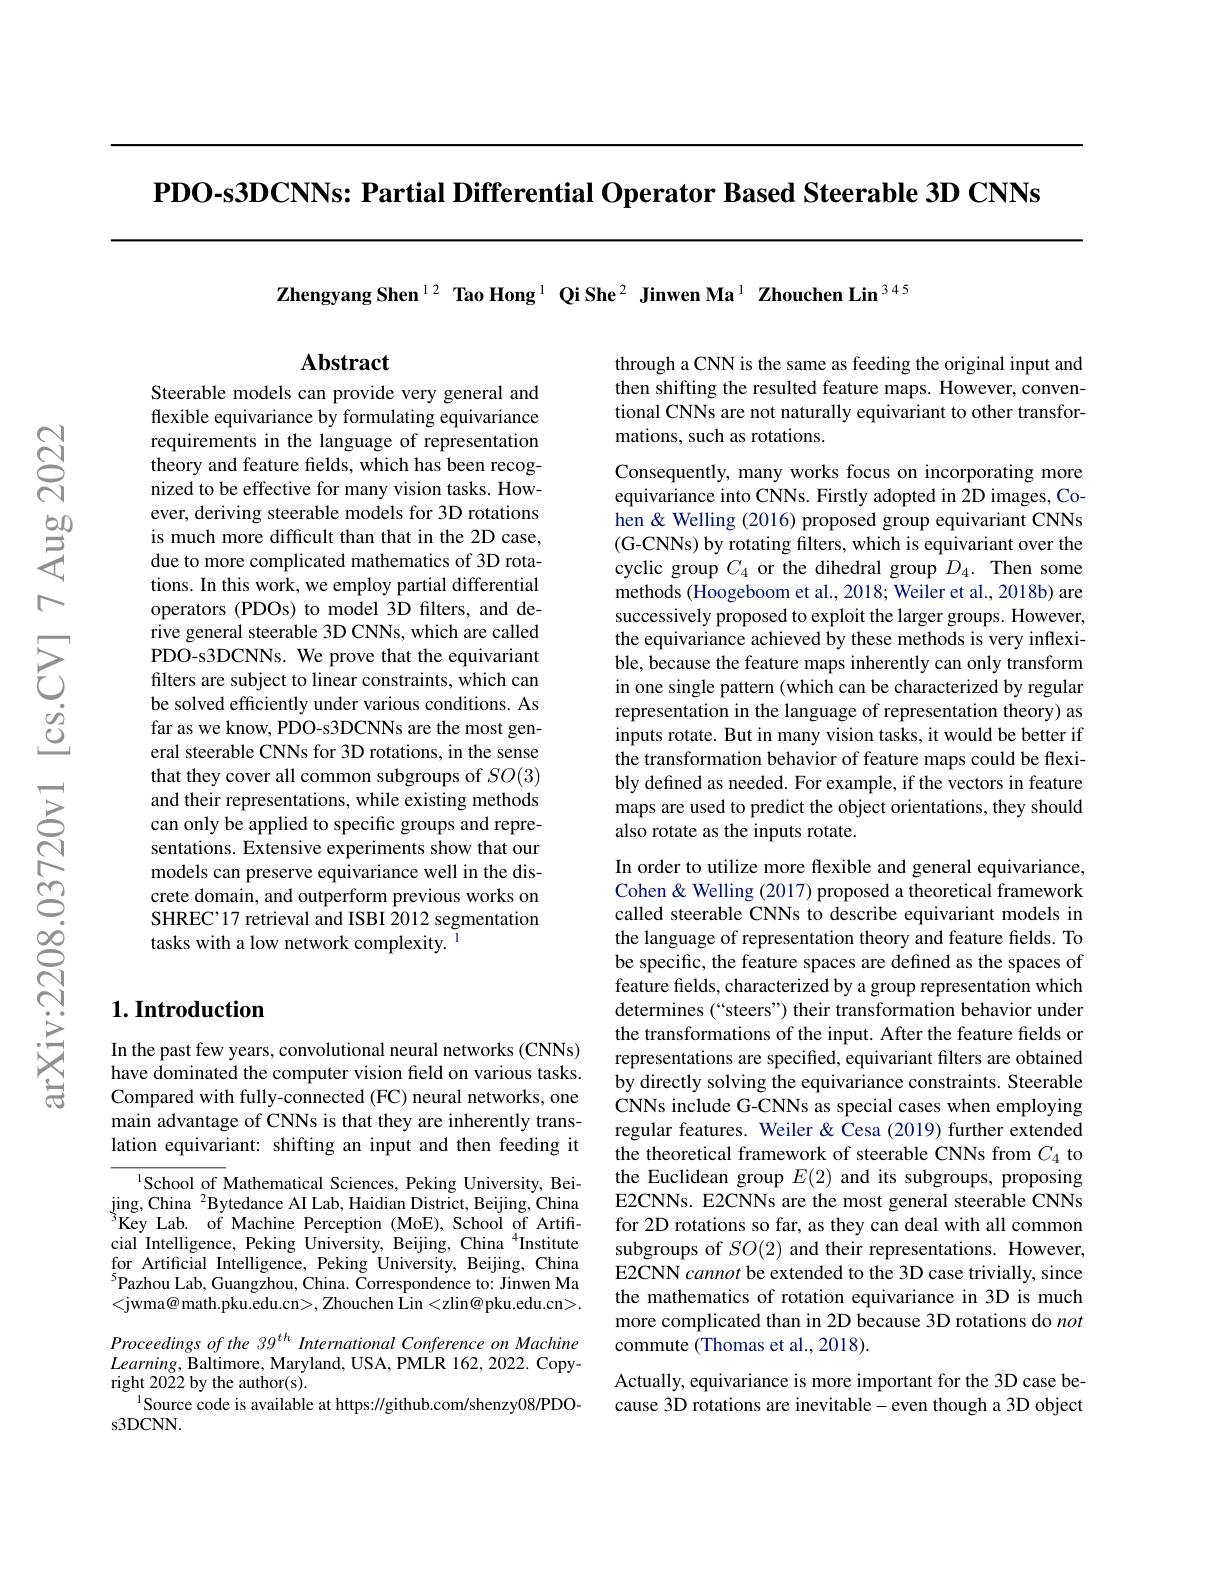
PDO-s3DCNNs: Partial Differential Operator Based Steerable 3D CNNs

Zhengyang Shen$^{12}$ Tao Hong$^{1}$ Qi She$^{2}$ Jinwen Ma$^{1}$ Zhouchen Lin$^{345}$

$\mathbf{Abstract}$

through a CNN is the same as feeding the original input and then shifting the resulted feature maps. However, conventional CNNs are not naturally equivariant to other transformations, such as rotations.

Steerable models can provide very general and flexible equivariance by formulating equivariance requirements in the language of representation theory and feature fields, which has been recognized to be effective for many vision tasks. However, deriving steerable models for 3D rotations is much more difficult than that in the 2D case, due to more complicated mathematics of 3D rotations. In this work, we employ partial differential operators (PDOs) to model 3D filters, and derive general steerable 3D CNNs, which are called PDO-s3DCNNs. We prove that the equivariant filters are subject to linear constraints, which can be solved efficiently under various conditions. As far as we know, PDO-s3DCNNs are the most general steerable CNNs for 3D rotations, in the sense that they cover all common subgroups of $SO(3)$ and their representations, while existing methods can only be applied to specific groups and representations. Extensive experiments show that our models can preserve equivariance well in the discrete domain, and outperform previous works on SHREC'17 retrieval and ISBI 2012 segmentation tasks with a low network complexity. $^{\mathrm{l}}$

## $1. \textbf{Introduction}$

In the past few years, convolutional neural networks (CNNs) have dominated the computer vision field on various tasks. Compared with fully-connected (FC) neural networks, one main advantage of CNNs is that they are inherently translation equivariant: shifting an input and then feeding it

$^{1}$School of Mathematical Sciences, Peking University, Bei- $\mathrm{jing,China~}^{2}$Bytedance AI Lab, Haidian District, Beijing, China $^{3}$Key Lab. of Machine Perception (MoE), School of Artificial Intelligence, Peking University, Beijing, China $^{4}$Institute for Artificial Intelligence, Peking University, Beijing, China $^{5}$Pazhou Lab, Guangzhou, China. Čorrespondence to: Jinwen Ma <jwma@ math.pku.edu.cn>, Zhouchen Lin<zlin@ pku.edu.cn>. Proceedings of the 39$^{th}$ International Conference on Machine $Learning$, Baltimore, Maryland, USA, PMLR 162, 2022. Copyright 2022 by the author(s).
$^{1}$Source code is available at https://github.com/shenzy08/PDO-
s3DCNN.

Consequently, many works focus on incorporating more equivariance into CNNs. Firstly adopted in 2D images, Cohen & Welling (2016) proposed group equivariant CNNs (G-CNNs) by rotating filters, which is equivariant over the cyclic group $C_{4}$ or the dihedral group $D_{4}.$ Then some methods (Hoogeboom et al., 2018; Weiler et al., 2018b) are successively proposed to exploit the larger groups. However, the equivariance achieved by these methods is very inflexible, because the feature maps inherently can only transform in one single pattern (which can be characterized by regular representation in the language of representation theory) as inputs rotate. But in many vision tasks, it would be better if the transformation behavior of feature maps could be flexibly defined as needed. For example, if the vectors in feature maps are used to predict the object orientations, they should also rotate as the inputs rotate.

In order to utilize more flexible and general equivariance, Cohen& Welling (2017) proposed a theoretical framework called steerable CNNs to describe equivariant models in the language of representation theory and feature fields. To be specific, the feature spaces are defined as the spaces of feature fields, characterized by a group representation which determines (“steers”) their transformation behavior under the transformations of the input. After the feature fields or representations are specified, equivariant filters are obtained by directly solving the equivariance constraints. Steerable CNNs include G-CNNs as special cases when employing regular features. Weiler & $\hat{\text{Cesa(2019)furtherextended}}$ the theoretical framework of steerable CNNs from $C_{4}$ to the Euclidean group $E(2)$ and its subgroups, proposing E2CNNs. E2CNNs are the most general steerable CNNs for 2D rotations so far, as they can deal with all common subgroups of $SO(2)$ and their representations. However, E2CNN cannot be extended to the 3D case trivially, since the mathematics of rotation equivariance in 3D is much more complicated than in 2D because 3D rotations do not commute (Thomas et al., 2018).
Actually, equivariance is more important for the 3D case because 3D rotations are inevitable-even though a 3D object